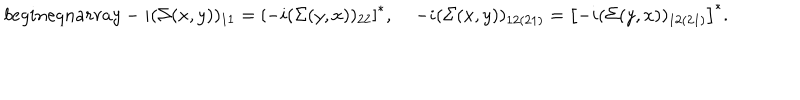
LaTeX: b e g i n { e q n a r r a y } - i ( \Sigma ( x , y ) ) _ { 1 1 } = \left[ - i ( \Sigma ( y , x ) ) _ { 2 2 } \right] ^ { * } , \; - i ( \Sigma ( x , y ) ) _ { 1 2 ( 2 1 ) } = \left[ - i ( \Sigma ( y , x ) ) _ { 1 2 ( 2 1 ) } \right] ^ { * } .